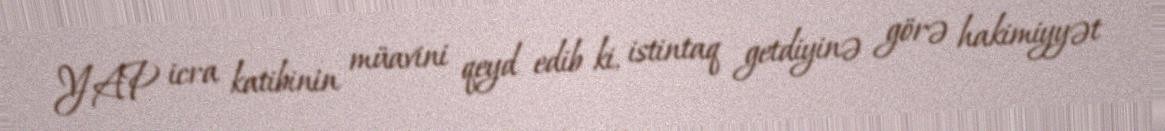
YAP icra katibinin müavini qeyd edib ki, istintaq getdiyinə görə hakimiyyət